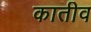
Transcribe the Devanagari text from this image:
कातीव